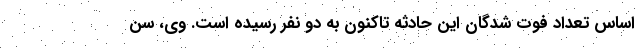
اساس تعداد فوت شدگان این حادثه تاکنون به دو نفر رسیده است. وی، سن